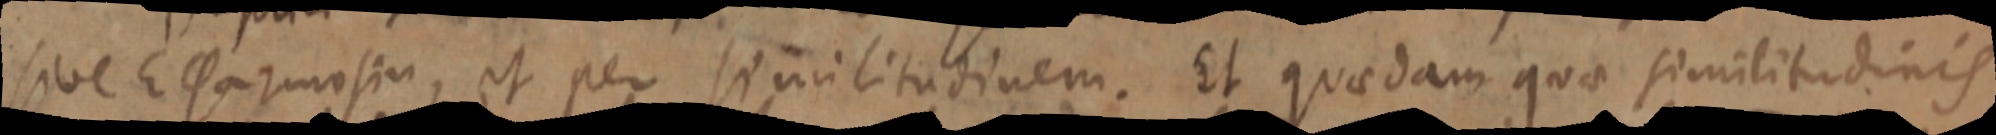
sive Elsarmasiu, et per similitudinem. Et quaedam quae similitudinis